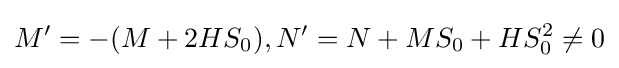
M'=-(M+2HS_{0}),N'=N+MS_{0}+HS_{0}^{2}\neq 0